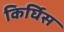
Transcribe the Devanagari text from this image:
किर्घिस